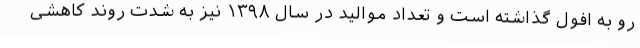
رو به افول گذاشته است و تعداد موالید در سال ۱۳۹۸ نیز به شدت روند کاهشی